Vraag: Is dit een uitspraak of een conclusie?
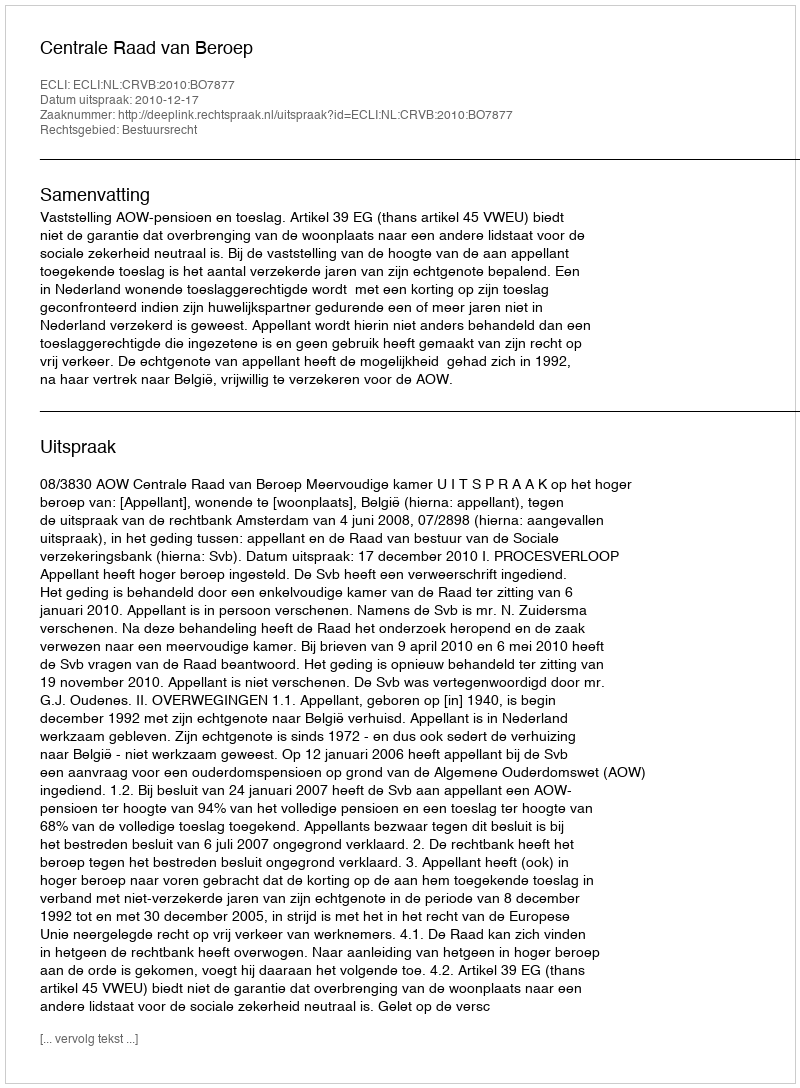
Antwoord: Uitspraak